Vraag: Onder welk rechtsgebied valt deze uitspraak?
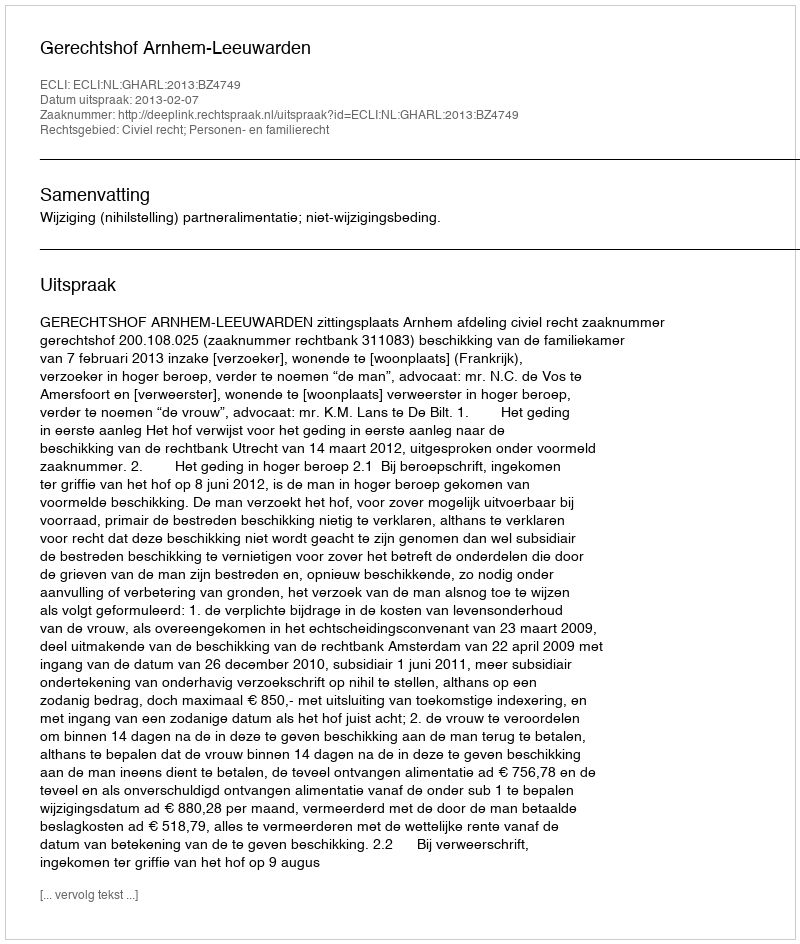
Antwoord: Civiel recht; Personen- en familierecht